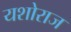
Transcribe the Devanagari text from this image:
यशोराज